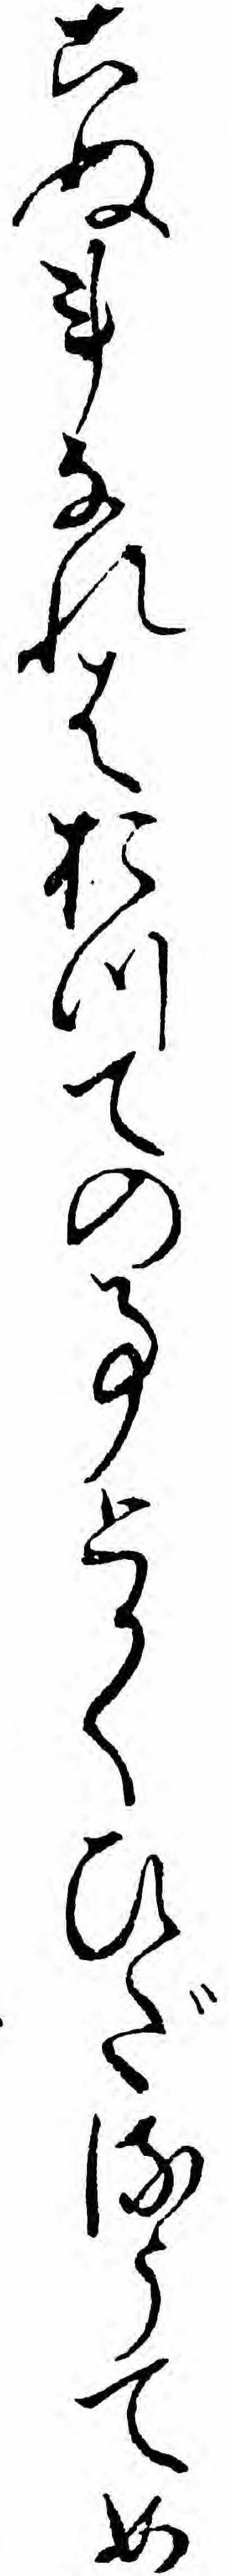
こぬ事なれはおつての事とかくひだるうてめ